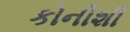
કોનીશી